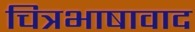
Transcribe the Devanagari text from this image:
चित्रभाषावाद